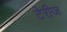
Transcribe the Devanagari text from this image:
टेरीज